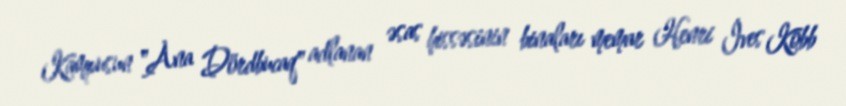
Kampusun "Ana Dördbucaq" adlanan əsas hissəsinin binaları memar Henri İves Kobb